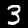
Digit: 3